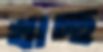
খাচ্ছ